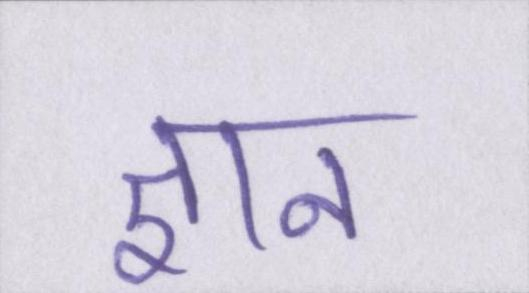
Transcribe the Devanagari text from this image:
ज्ञान